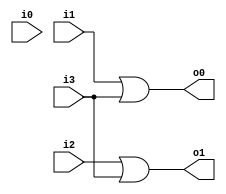
`timescale 1ns / 1ps
//////////////////////////////////////////////////////////////////////////////////
// Company: 
// Engineer: 
// 
// Design Name: 
// Module Name:    D4x2encoder 
// Project Name: 
// Target Devices: 
// Tool versions: 
// Description: 
//
// Dependencies: 
//
// Revision: 
// Revision 0.01 - File Created
// Additional Comments: 
//
//////////////////////////////////////////////////////////////////////////////////
module D4x2encoder(o0,o1,i0,i1,i2,i3
    );
input i0,i1,i2,i3;
output o0,o1;
wire o0,o1;
assign o0=i1|i3;
assign o1=i2|i3;
endmodule


/*
module D4x2encoder(o,i
    );
input [3:0]i;
output[1:0]o;
wire  [1:0]o;
assign o[0]=i[1]|i[3];
assign o[1]=i[2]|i[3];
endmodule
*/